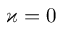
\varkappa = 0